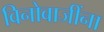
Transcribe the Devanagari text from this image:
विनोबाजींना